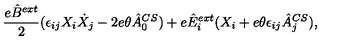
\frac { e \hat { B } \sp { e x t } } { 2 } ( \epsilon _ { i j } X _ { i } \dot { X } _ { j } - 2 e \theta \hat { A } _ { 0 } \sp { C S } ) + e \hat { E } _ { i } \sp { e x t } ( X _ { i } + e \theta \epsilon _ { i j } \hat { A } _ { j } \sp { C S } ) ,